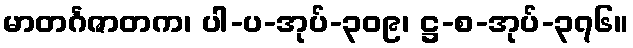
မာတင်္ဂဇာတက၊ ပါ-ပ-အုပ်-၃၀၉၊ ဋ္ဌ-စ-အုပ်-၃၇၆။